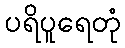
ပရိပူရေတုံ